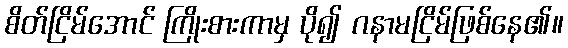
စိတ်ငြိမ်အောင် ကြိုးစားကာမှ ပို၍ ဂနာမငြိမ်ဖြစ်နေ၏။